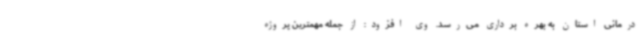
درمانی استان به بهره برداری می‌رسد. وی افزود: از جمله مهمترین پروژه